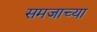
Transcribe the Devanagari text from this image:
समजाच्या